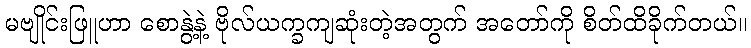
မဗျိုင်းဖြူဟာ စောနွဲ့နဲ့ ဗိုလ်ယက္ခကျဆုံးတဲ့အတွက် အတော်ကို စိတ်ထိခိုက်တယ်။